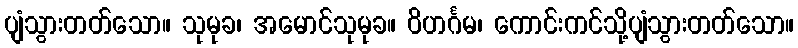
ပျံသွားတတ်သော။ သုမုခ၊ အမောင်သုမုခ။ ဝိဟင်္ဂမ၊ ကောင်းကင်သို့ပျံသွားတတ်သော။